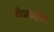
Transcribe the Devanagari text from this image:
जीवनध्येय